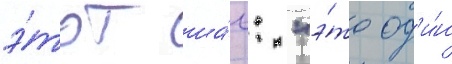
э́тот ша́г: "э́то од'и́н